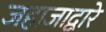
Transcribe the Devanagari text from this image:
जहाजाद्वारे